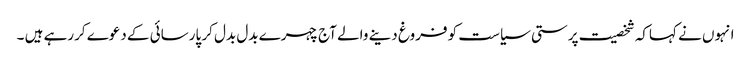
انہوں نے کہاکہ شخصیت پرستی سیاست کو فروغ دینے والے آج چہرے بدل بدل کر پارسائی کے دعوے کررہے ہیں ۔